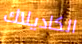
الكاديلاك